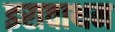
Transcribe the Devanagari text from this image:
इरावाथम